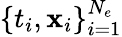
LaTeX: \left\{ {t}_{i},{\mathbf x}_{i}\right\} _{i=1}^{N_{e}}